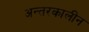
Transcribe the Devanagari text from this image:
अन्तरकालीन